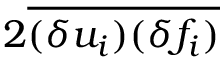
2 \overline { { ( \delta u _ { i } ) ( \delta f _ { i } ) } }